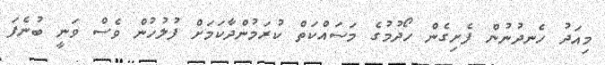
މިއަދު ހެނދުނުން ފެށިގެން ހޯދުމުގެ މަސައްކަތް ކުރަމުންދާކަމަށް ފުލުހުން ވެސް ވަނީ ބުނެފަ